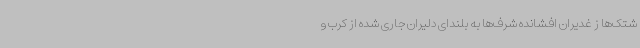
شتک‌ها ز غدیران افشانده شرف‌ها به بلندای دلیران جاری شده از کرب و